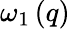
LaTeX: \omega_{1}\left(q\right)